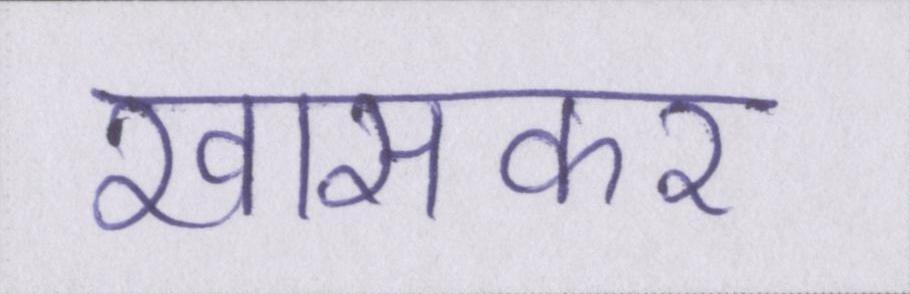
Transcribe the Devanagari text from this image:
खासकर